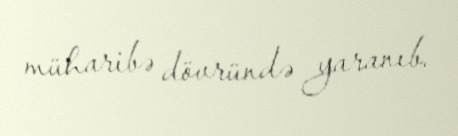
müharibə dövründə yaranıb.